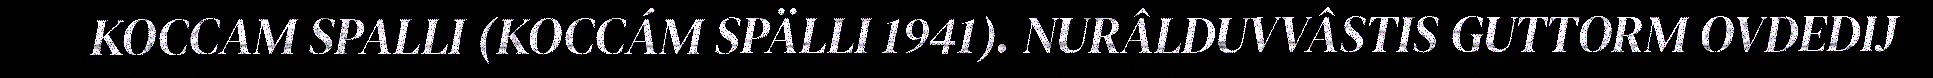
KOCCAM SPALLI (KOCCÁM SPÄLLI 1941). NURÂLDUVVÂSTIS GUTTORM OVDEDIJ